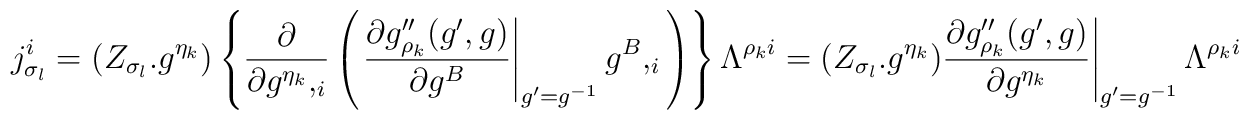
j_{\sigma_l}^i = (Z_{\sigma_l} . g^{\eta_k}) \left\{\frac{\partial}{\partial g^{\eta_k},_i} \left( \left.\frac{\partial g''_{\rho_k} (g', g)}{\partial g^B} \right|_{g'= g^{-1}}g^B,_i \right) \right\} \Lambda^{\rho_k i} \left.= (Z_{\sigma_l} . g^{\eta_k}) \frac{\partial g''_{\rho_k} (g', g)}{\partial g^{\eta_k}} \right|_{g' = g^{-1}}\Lambda^{\rho_k i}